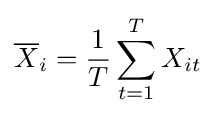
{\overline {X}}_{i}={\frac {1}{T}}\sum \limits _{t=1}^{T}X_{it}